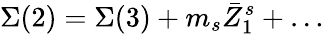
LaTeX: \Sigma(2)=\Sigma(3)+m_{s}\bar{Z}_{1}^{s}+\ldots